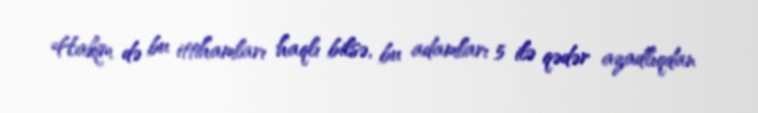
Hakim də bu ittihamları haqlı bilsə, bu adamları 5 ilə qədər azadlıqdan